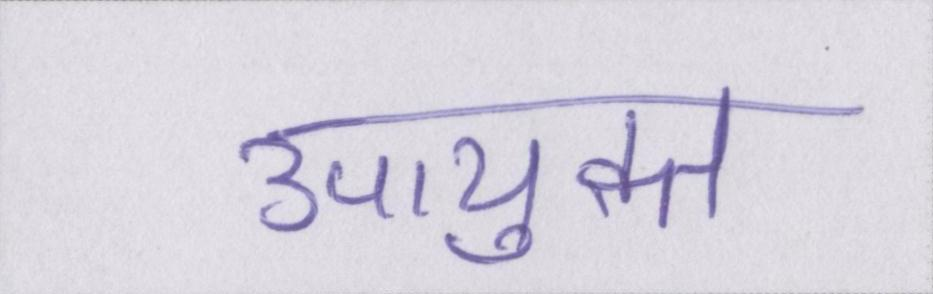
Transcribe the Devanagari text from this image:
उपायुक्त